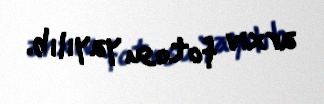
arxiv fotosu yayılıb.